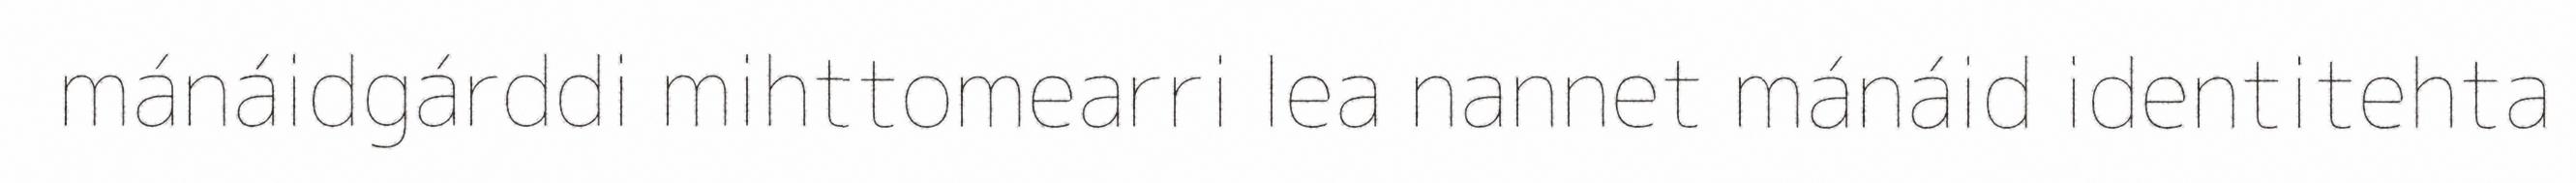
mánáidgárddi mihttomearri lea nannet mánáid identitehta